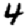
Digit: 4